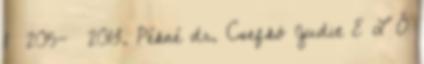
1 205- 2013. Pékné dr. Csefkó Judit E L Ő